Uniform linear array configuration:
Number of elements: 4
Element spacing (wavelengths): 0.25
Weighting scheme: uniform
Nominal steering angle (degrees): -45
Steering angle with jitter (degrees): -46.963
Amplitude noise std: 0.05
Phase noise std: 0.05

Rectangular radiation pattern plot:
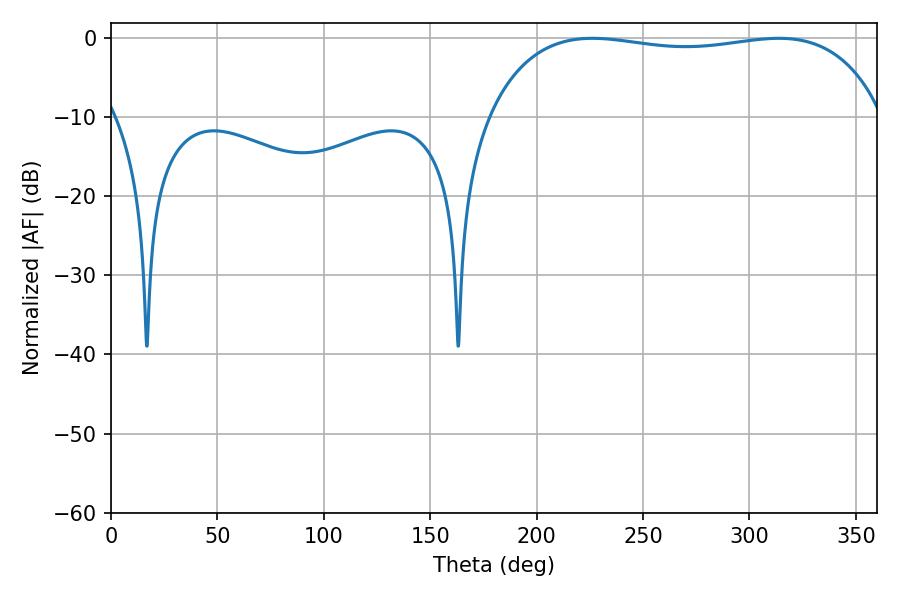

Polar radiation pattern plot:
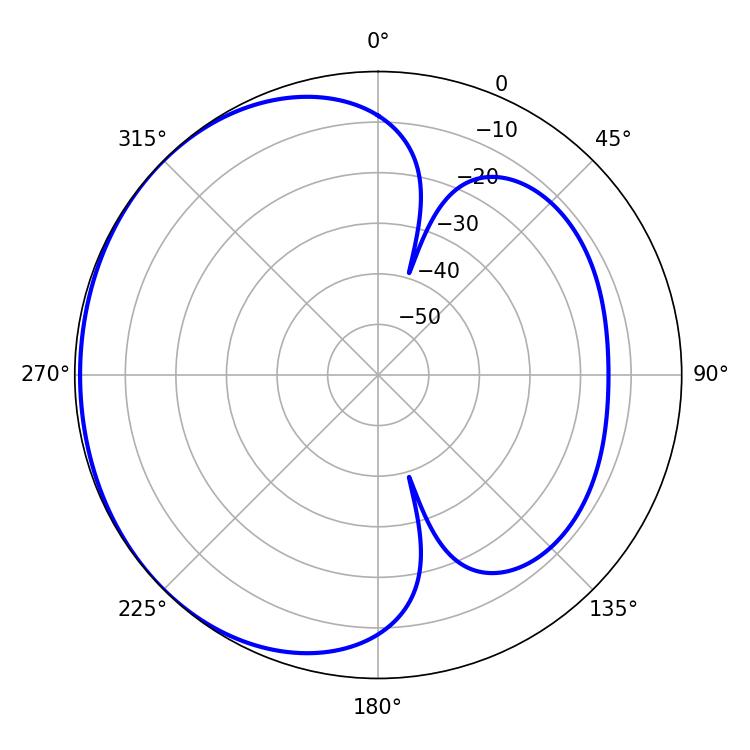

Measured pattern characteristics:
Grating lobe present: FALSE
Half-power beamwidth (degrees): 149.4
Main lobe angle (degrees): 226.26